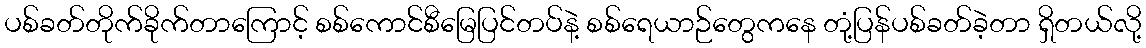
ပစ်ခတ်တိုက်ခိုက်တာကြောင့် စစ်ကောင်စီမြေပြင်တပ်နဲ့ စစ်ရေယာဉ်တွေကနေ တုံ့ပြန်ပစ်ခတ်ခဲ့တာ ရှိတယ်လို့